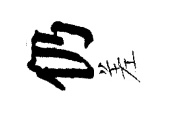
仍差